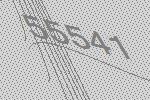
55541